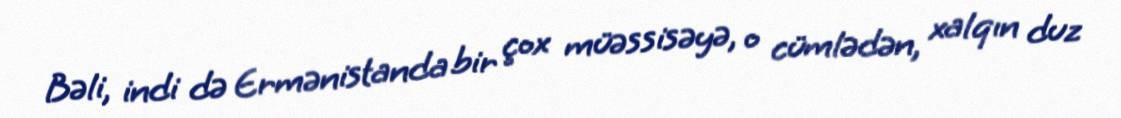
Bəli, indi də Ermənistanda bir çox müəssisəyə, o cümlədən, xalqın duz